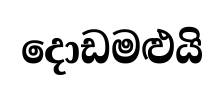
දොඩමළුයි